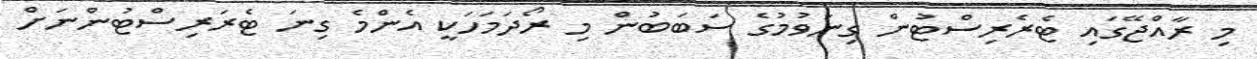
މި ރާއްޖޭގައި ޓެރެރިސްޓުން ގިނަވުމުގެ ސަބަބަުން މި ރޯދަމަހަކީ އެންމެ ގިނަ ޓެރަރިސްޓުންނަށް